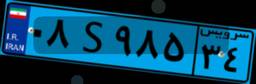
۹۳S۳۵۵۶۷